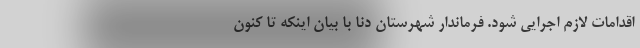
اقدامات لازم اجرایی شود. فرماندار شهرستان دنا با بیان اینکه تا کنون